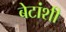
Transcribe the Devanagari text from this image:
बेटांशी